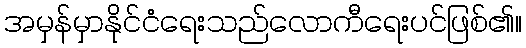
အမှန်မှာနိုင်ငံရေးသည်လောကီရေးပင်ဖြစ်၏။